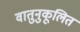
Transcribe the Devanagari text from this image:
वातुनुकूलित